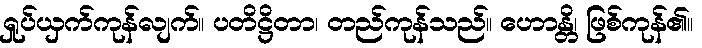
ရှုပ်ယှက်ကုန်လျက်။ ပတိဋ္ဌိတာ၊ တည်ကုန်သည်။ ဟောန္တိ၊ ဖြစ်ကုန်၏။